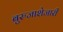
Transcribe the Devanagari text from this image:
बुरुजाशेजारी